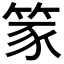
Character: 𫁾